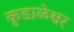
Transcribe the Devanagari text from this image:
कुडाळेश्वर